Annual vaccination report of Bihar and Orissa - 1911-1928
Year: 1911
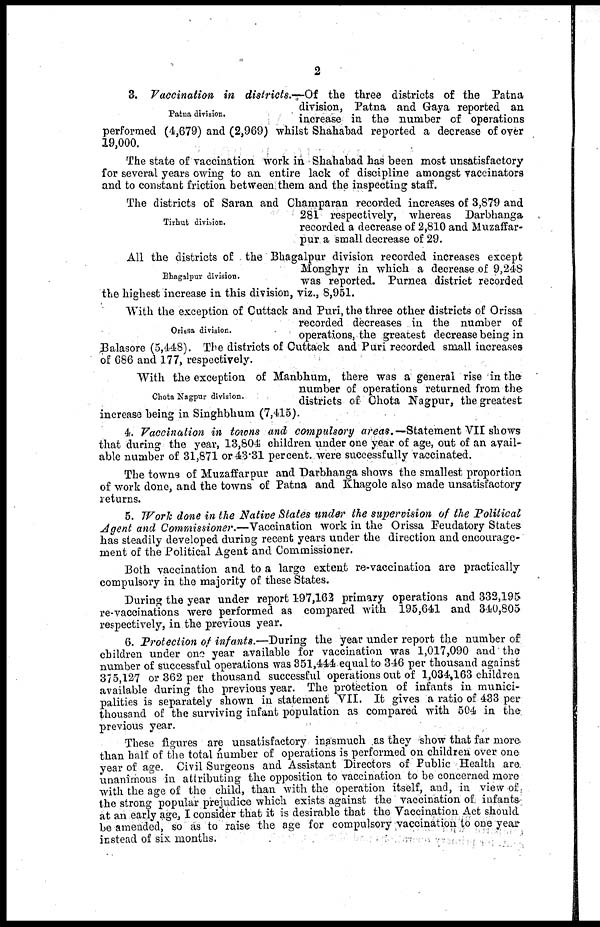
2
Patna division.
3. Vaccination in districts.—Of the three districts of the Patna
division, Patna and Gaya reported an
increase in the number of operations
performed (4,679) and (2,969) whilst Shahabad reported a decrease of over
19,000.
The state of vaccination work in Shahabad has been most unsatisfactory
for several years owing to an entire lack of discipline amongst vaccinators
and to constant friction between them and the inspecting staff.
Tirhut division.
The districts of Saran and Champaran recorded increases of 3,879 and
281 respectively, whereas Darbhanga
recorded a decrease of 2,810 and Muzaffar¬
pur a small decrease of 29.
Bhagalpur division.
All the districts of the Bhagalpur division recorded increases except
Monghyr in which a decrease of 9,248
was reported. Purnea district recorded
the highest increase in this division, viz., 8,951.
Orissa division.
With the exception of Cuttack and Puri, the three other districts of Orissa
recorded decreases in the number of
operations, the greatest decrease being in
Balasore (5,448). The districts of Cuttack and Puri recorded small increases
of 686 and 177, respectively.
Chota Nagpur division.
With the exception of Manbhum, there was a general rise in the
number of operations returned from the
districts of Chota Nagpur, the greatest
increase being in Singhbhum (7,415).
4. Vaccination in towns and compulsory areas.—Statement VII shows
that during the year, 13,804 children under one year of age, out of an avail-
able number of 31,871 or 43.31 percent. were successfully vaccinated.
The towns of Muzaffarpur and Darbhanga shows the smallest proportion
of work done, and the towns of Patna and Khagole also made unsatisfactory
returns.
5. Work done in the Native States under the supervision of the Political
Agent and Commissioner.—Vaccination work in the Orissa Feudatory States
has steadily developed during recent years under the direction and encourage-
ment of the Political Agent and Commissioner.
Both vaccination and to a large extent re-vaccination are practically
compulsory in the majority of these States.
During the year under report 197,162 primary operations and 332,195
re-vaccinations were performed as compared with 195,641 and 340,805
respectively, in the previous year.
6. Protection of infants.—During the year under report the number of
children under one year available for vaccination was 1,017,090 and the
number of successful operations was 351,444 equal to 346 per thousand against
375,127 or 362 per thousand successful operations out of 1,034,163 children
available during the previous year. The protection of infants in munici-
palities is separately shown in statement VII. It gives a ratio of 433 per
thousand of the surviving infant population as compared with 504 in the
previous year.
These figures are unsatisfactory inasmuch as they show that far more
than half of the total number of operations is performed on children over one
year of age. Civil Surgeons and Assistant Directors of Public Health are
unanimous in attributing the opposition to vaccination to be concerned more
with the age of the child, than with the operation itself, and, in view of
the strong popular prejudice which exists against the vaccination of infants
at an early age, I consider that it is desirable that the Vaccination Act should
be amended, so as to raise the age for compulsory vaccination to one year
instead of six months.